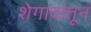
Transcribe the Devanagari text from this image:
शेगावातून